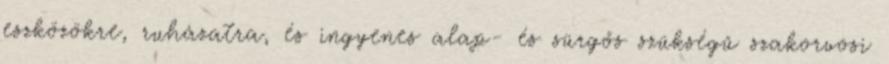
eszközökre, ruházatra, és ingyenes alap- és sürgős szükségű szakorvosi